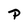
Character: P